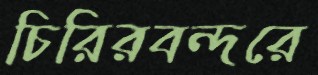
চিরিরবন্দরে